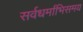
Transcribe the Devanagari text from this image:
सर्वधर्माभिसमय